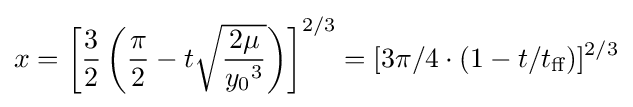
x=\left[{\frac {3}{2}}\left({\frac {\pi }{2}}-t{\sqrt {\frac {2\mu }{{y_{0}}^{3}}}}\right)\right]^{2/3}=[3\pi /4\cdot (1-t/t_{\text{ff}})]^{2/3}